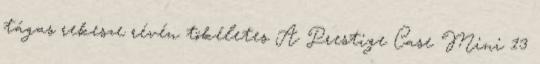
tágas rekesze révén tökéletes A Prestige Case Mini 13